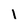
Character: l